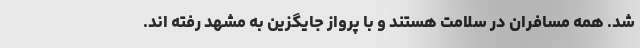
شد. همه مسافران در سلامت هستند و با پرواز جایگزین به مشهد رفته اند.